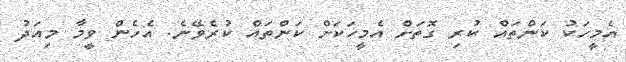
އެމީހަކު ކަންތައް ކުރި ގޮތަށް އެމީހަކަށް ކަންތައް ކުރެވޭނެ. އެހެން ވީމާ މިއަދު